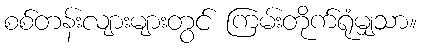
စစ်တန်းလျားများတွင် ကြမ်းတိုက်ရုံမျှသာ။